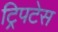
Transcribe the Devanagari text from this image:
ट्रिपटेस